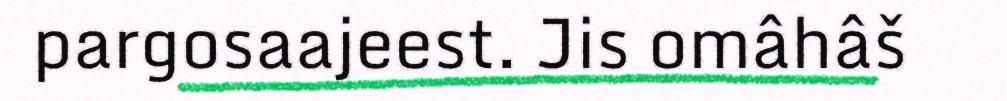
pargosaajeest. Jis omâhâš